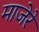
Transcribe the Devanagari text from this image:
माजेरे